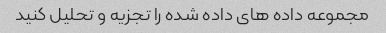
مجموعه داده های داده شده را تجزیه و تحلیل کنید